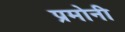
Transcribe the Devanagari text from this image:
प्रमोनी